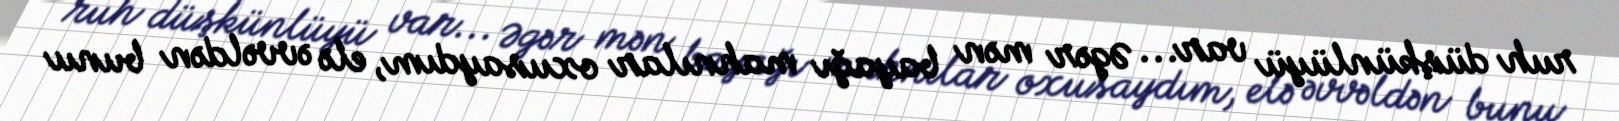
ruh düşkünlüyü var... Əgər mən bayağı mahnılar oxusaydım, elə əvvəldən bunu